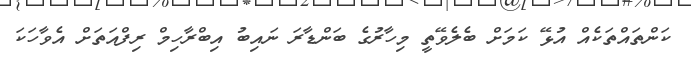
ކަންތައްތަކެއް އުޅޭ ކަމަށް ބެލެވޭތީ މިހާރުގެ ބަންޑާރަ ނައިބު އިބްރާހިމް ރިފްއަތަށް އެވާހަކަ